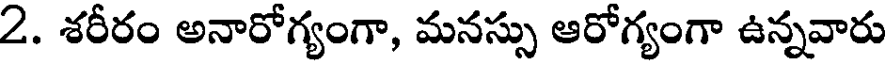
2. శరీరం అనారోగ్యంగా, మనస్సు ఆరోగ్యంగా ఉన్నవారు